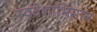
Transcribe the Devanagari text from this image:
स्वदेशाभिमान